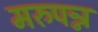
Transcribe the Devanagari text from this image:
मरुपन्न